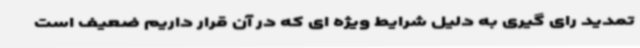
تمدید رای گیری به دلیل شرایط ویژه ای که در آن قرار داریم ضعیف است